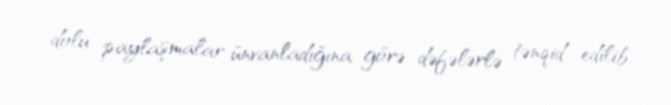
dolu paylaşmalar ünvanladığına görə dəfələrlə tənqid edilib.